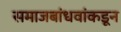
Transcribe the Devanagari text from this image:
समाजबांधवांकडून